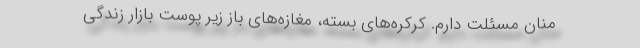
منان مسئلت دارم. کرکره‌های بسته، مغازه‌های باز زیر پوست بازار زندگی